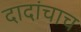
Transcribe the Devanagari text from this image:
दादांचाच